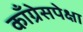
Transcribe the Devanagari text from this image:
काँग्रेसपेक्षा